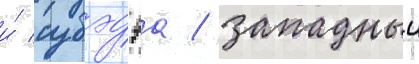
и́ субэдэа / западныи